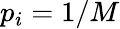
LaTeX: p_{i}=1/M